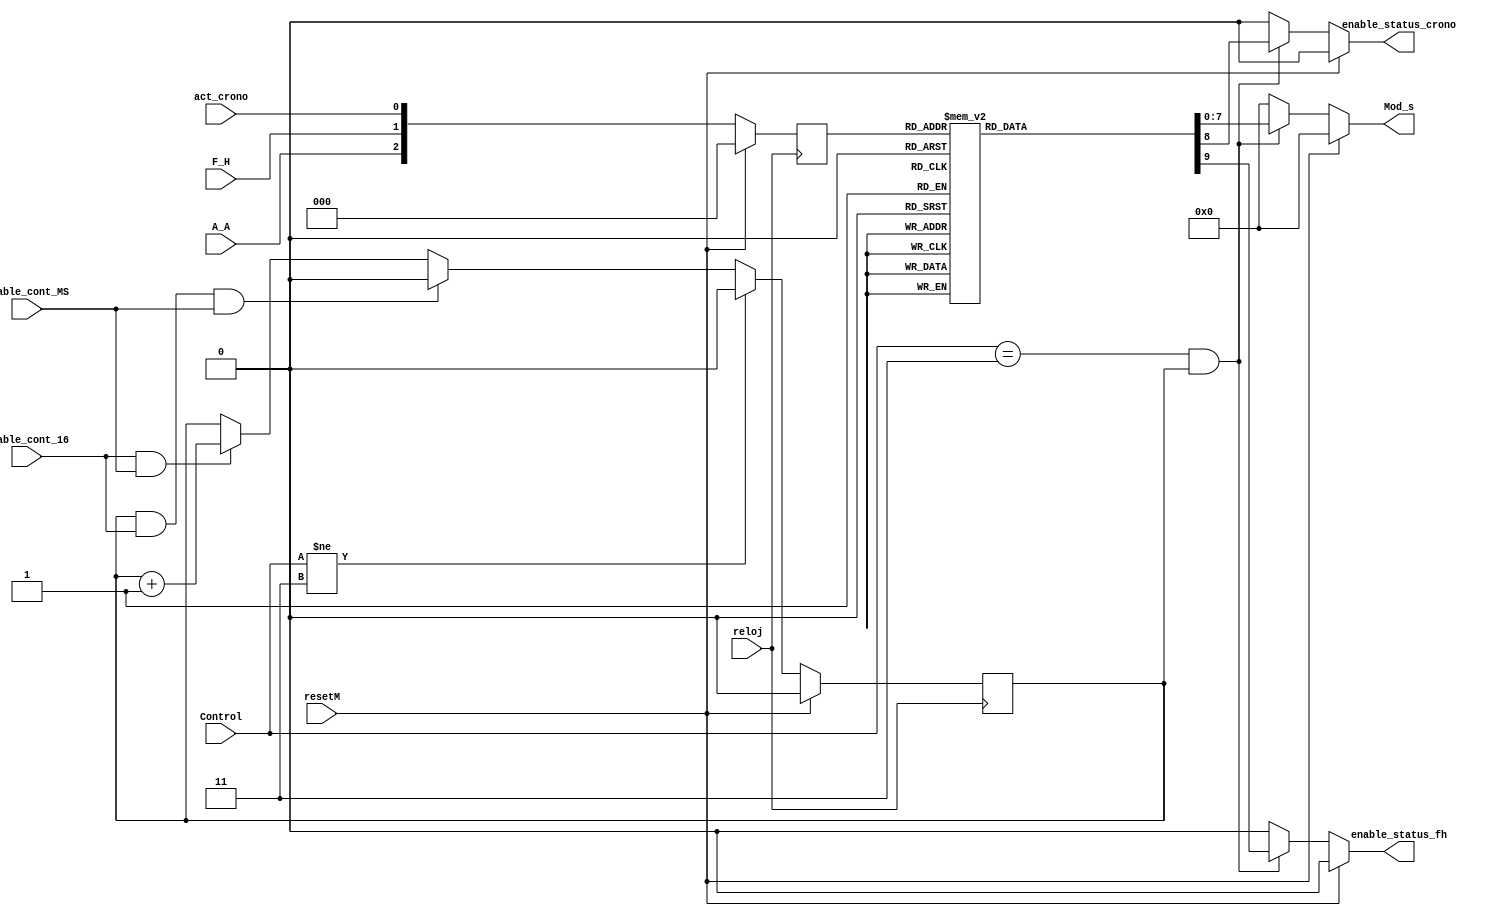
`timescale 1ns / 1ps
//////////////////////////////////////////////////////////////////////////////////
// Company: 
// Engineer: 
// 
// Design Name: 
// Module Name: modificar_status
// Project Name: 
// Target Devices: 
// Tool Versions: 
// Description: 
// 
// Dependencies: 
// 
// Revision:
// Revision 0.01 - File Created
// Additional Comments:
// 
//////////////////////////////////////////////////////////////////////////////////


module modificar_status(
    
    output [7:0] Mod_s,
    output enable_status_crono,
    output enable_status_fh,
    
    input reloj,
    input resetM,
    input [1:0] Control,
    input A_A,
    input F_H,
    input act_crono,
    input enable_cont_16,
    input enable_cont_MS

    );
    
    reg contador_1 = 0;
    reg [2:0] in_mod_status = 0;
    reg [7:0] mod_s;
    reg Enable_status_crono =0;
    reg Enable_status_fh =0;
    
    
    assign Mod_s = mod_s;
    assign enable_status_crono = Enable_status_crono;
    assign enable_status_fh = Enable_status_fh;
    
        
    
    always @(posedge reloj)
      begin
      
      if (resetM)
        in_mod_status <=0;
        
      else 
        in_mod_status <= {A_A,F_H,act_crono};
      end 
    

    
   always @ (posedge reloj)
    
    begin
    if (resetM)
        contador_1 <= 0;
    
    else if (Control != 3)
        contador_1 <= 0;
    
    else if (contador_1 == 1 && enable_cont_16 && enable_cont_MS)
       contador_1 <= 0;
    
    else if (enable_cont_16 && enable_cont_MS)
        contador_1 <= contador_1 + 1;
    
    else
        contador_1 <= contador_1;
        
    end   
        
    ////// MODIFICAR REGISTROS STATUS    
    
    always @ (resetM,contador_1)
    
        begin
        
        if (resetM)
        begin
            mod_s <= 8'b00000000; 
            Enable_status_crono =0;
            Enable_status_fh =0;
        end
        
        else if (Control == 3 && contador_1 == 1)
            begin
            
            case (in_mod_status)
                  3'b000 : begin
                            mod_s <= 8'b00000000;
                            Enable_status_crono =0;
                            Enable_status_fh =0;
                           end
                  3'b001 : begin
                             mod_s <= 8'b00001000;
                             Enable_status_crono =1;
                             Enable_status_fh =0;
                           end
                  3'b010 : begin
                             mod_s <= 8'b00010000;
                             Enable_status_crono =0;
                             Enable_status_fh =1;
                           end
                  3'b011 : begin
                             mod_s <= 8'b00011000;
                             Enable_status_crono =1;
                             Enable_status_fh =1;
                           end
                  3'b100 : begin
                             mod_s <= 8'b00000000;
                             Enable_status_crono =0;
                             Enable_status_fh =0;
                           end
                  3'b101 : begin
                             mod_s <= 8'b00000000;
                             Enable_status_crono =0;
                             Enable_status_fh =0;
                           end
                  3'b110 : begin
                             mod_s <= 8'b00010000;
                             Enable_status_crono =0;
                             Enable_status_fh =1;
                           end
                  3'b111 : begin
                             mod_s <= 8'b00010000;
                             Enable_status_crono =0;
                             Enable_status_fh =1;
                           end
                  default: begin
                             mod_s <= 8'b00000000;
                             Enable_status_crono =0;
                             Enable_status_fh =0;
                           end
               endcase
            
            
            end
        
         else 
         begin
              mod_s <= 8'b00000000;  
              Enable_status_crono =0;
              Enable_status_fh =0;
         end
        
    end 
    
   
    
    
    
    
    
    
    
    
    
    
    
    
    
    
    
    
    
    
endmodule